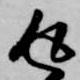
返